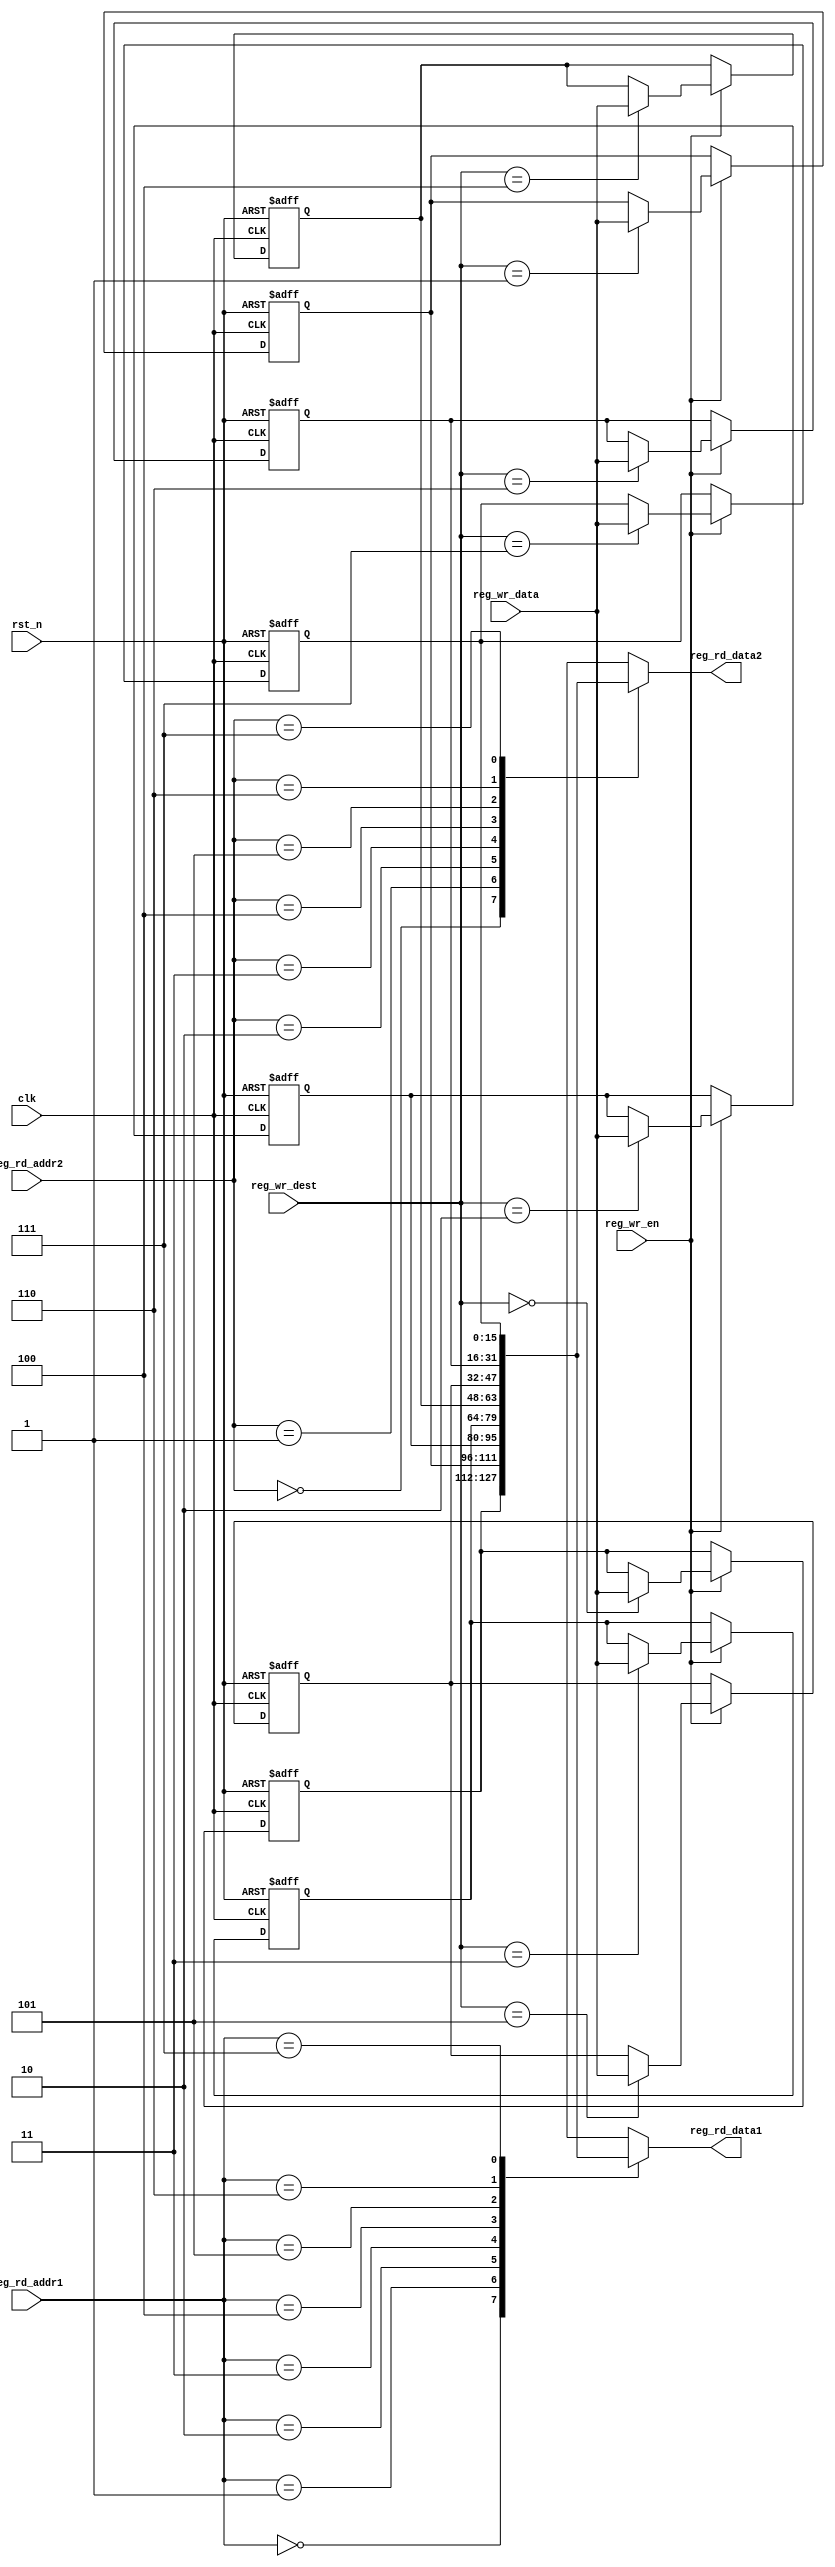
`timescale 1ns / 1ps
//////////////////////////////////////////////////////////////////////////////////
// Company: 
// Engineer: 
// 
// Design Name: 
// Module Name: register_file
// Project Name: 
// Target Devices: 
// Tool Versions: 
// Description: 
// 
// Dependencies: 
// 
// Revision:
// Revision 0.01 - File Created
// Additional Comments:
// 
//////////////////////////////////////////////////////////////////////////////////


module register_file(clk,rst_n,reg_wr_en,reg_wr_dest,reg_wr_data,reg_rd_addr1,reg_rd_data1,reg_rd_addr2,reg_rd_data2);

//--------------------------------------------PORT DECLARATIONS------------------------------------------//
input clk,rst_n;
input reg_wr_en;
input [2:0]reg_wr_dest,reg_rd_addr1,reg_rd_addr2;
input [15:0]reg_wr_data;
output [15:0]reg_rd_data1,reg_rd_data2;

//-----------------------------------INTERMEDIATE SIGNAL DECLARATIONS-----------------------------------//
reg [15:0]reg_file[0:7];
integer i;

//-------------------------------------REGISTER FILE IMPLEMENTATION-------------------------------------//
always@(posedge clk or negedge rst_n)
    begin
        if(!rst_n)
            begin
                for(i=0;i<8;i=i+1)
                    reg_file[i] <= 16'd5;
            end
         else if(reg_wr_en) reg_file[reg_wr_dest] <= reg_wr_data;
    end
    
assign reg_rd_data1 = reg_file[reg_rd_addr1];
assign reg_rd_data2 = reg_file[reg_rd_addr2];
    
endmodule